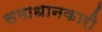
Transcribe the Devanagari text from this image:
समाधानकारी